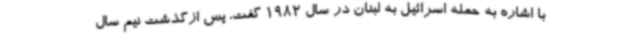
با اشاره به حمله اسرائیل به لبنان در سال 1982 گفت، پس ازگذشت نیم سال